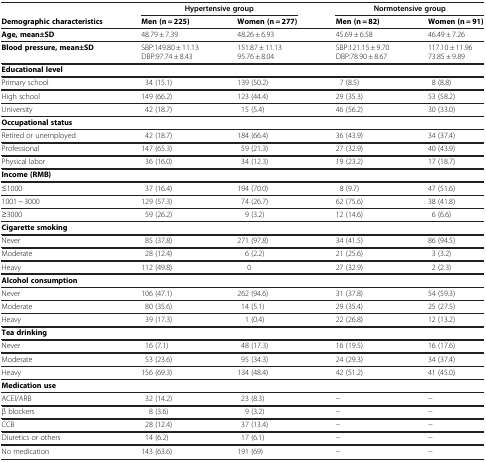
<table><thead><tr><td><b> </b></td><td colspan="2"><b>Hypertensive group</b></td><td colspan="2"><b>Normotensive group</b></td></tr></thead><tbody><tr><td><b>Demographic characteristics</b></td><td><b>Men (n = 225)</b></td><td><b>Women (n = 277)</b></td><td><b>Men (n = 82)</b></td><td><b>Women (n = 91)</b></td></tr><tr><td><b>Age, mean±SD</b></td><td>48.79 ± 7.39</td><td>48.26 ± 6.93</td><td>45.69 ± 6.58</td><td>46.49 ± 7.26</td></tr><tr><td><b>Blood pressure, mean±SD</b></td><td>SBP:149.80 ± 11.13 DBP:97.74 ± 8.43</td><td>151.87 ± 11.13 95.76 ± 8.04</td><td>SBP:121.15 ± 9.70 DBP:78.90 ± 8.67</td><td>117.10 ± 11.96 73.85 ± 9.89</td></tr><tr><td><b>Educational level</b></td><td> </td><td> </td><td> </td><td> </td></tr><tr><td>Primary school</td><td>34 (15.1)</td><td>139 (50.2)</td><td>7 (8.5)</td><td>8 (8.8)</td></tr><tr><td>High school</td><td>149 (66.2)</td><td>123 (44.4)</td><td>29 (35.3)</td><td>53 (58.2)</td></tr><tr><td>University</td><td>42 (18.7)</td><td>15 (5.4)</td><td>46 (56.2)</td><td>30 (33.0)</td></tr><tr><td><b>Occupational status</b></td><td> </td><td> </td><td> </td><td> </td></tr><tr><td>Retired or unemployed</td><td>42 (18.7)</td><td>184 (66.4)</td><td>36 (43.9)</td><td>34 (37.4)</td></tr><tr><td>Professional</td><td>147 (65.3)</td><td>59 (21.3)</td><td>27 (32.9)</td><td>40 (43.9)</td></tr><tr><td>Physical labor</td><td>36 (16.0)</td><td>34 (12.3)</td><td>19 (23.2)</td><td>17 (18.7)</td></tr><tr><td><b>Income (RMB)</b></td><td> </td><td> </td><td> </td><td> </td></tr><tr><td>≤1000</td><td>37 (16.4)</td><td>194 (70.0)</td><td>8 (9.7)</td><td>47 (51.6)</td></tr><tr><td>1001 ~ 3000</td><td>129 (57.3)</td><td>74 (26.7)</td><td>62 (75.6)</td><td>38 (41.8)</td></tr><tr><td>≥3000</td><td>59 (26.2)</td><td>9 (3.2)</td><td>12 (14.6)</td><td>6 (6.6)</td></tr><tr><td><b>Cigarette smoking</b></td><td> </td><td> </td><td> </td><td> </td></tr><tr><td>Never</td><td>85 (37.8)</td><td>271 (97.8)</td><td>34 (41.5)</td><td>86 (94.5)</td></tr><tr><td>Moderate</td><td>28 (12.4)</td><td>6 (2.2)</td><td>21 (25.6)</td><td>3 (3.2)</td></tr><tr><td>Heavy</td><td>112 (49.8)</td><td>0</td><td>27 (32.9)</td><td>2 (2.3)</td></tr><tr><td><b>Alcohol consumption</b></td><td> </td><td> </td><td> </td><td> </td></tr><tr><td>Never</td><td>106 (47.1)</td><td>262 (94.6)</td><td>31 (37.8)</td><td>54 (59.3)</td></tr><tr><td>Moderate</td><td>80 (35.6)</td><td>14 (5.1)</td><td>29 (35.4)</td><td>25 (27.5)</td></tr><tr><td>Heavy</td><td>39 (17.3)</td><td>1 (0.4)</td><td>22 (26.8)</td><td>12 (13.2)</td></tr><tr><td><b>Tea drinking</b></td><td> </td><td> </td><td> </td><td> </td></tr><tr><td>Never</td><td>16 (7.1)</td><td>48 (17.3)</td><td>16 (19.5)</td><td>16 (17.6)</td></tr><tr><td>Moderate</td><td>53 (23.6)</td><td>95 (34.3)</td><td>24 (29.3)</td><td>34 (37.4)</td></tr><tr><td>Heavy</td><td>156 (69.3)</td><td>134 (48.4)</td><td>42 (51.2)</td><td>41 (45.0)</td></tr><tr><td><b>Medication use</b></td><td> </td><td> </td><td> </td><td> </td></tr><tr><td>ACEI/ARB</td><td>32 (14.2)</td><td>23 (8.3)</td><td>−</td><td>−</td></tr><tr><td>β blockers</td><td>8 (3.6)</td><td>9 (3.2)</td><td>−</td><td>−</td></tr><tr><td>CCB</td><td>28 (12.4)</td><td>37 (13.4)</td><td>−</td><td>−</td></tr><tr><td>Diuretics or others</td><td>14 (6.2)</td><td>17 (6.1)</td><td>−</td><td>−</td></tr><tr><td>No medication</td><td>143 (63.6)</td><td>191 (69)</td><td>−</td><td>−</td></tr></tbody></table>